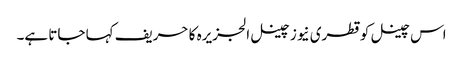
اس چینل کو قطری نیوز چینل الجزیرہ کا حریف کہا جاتا ہے۔